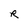
Character: R